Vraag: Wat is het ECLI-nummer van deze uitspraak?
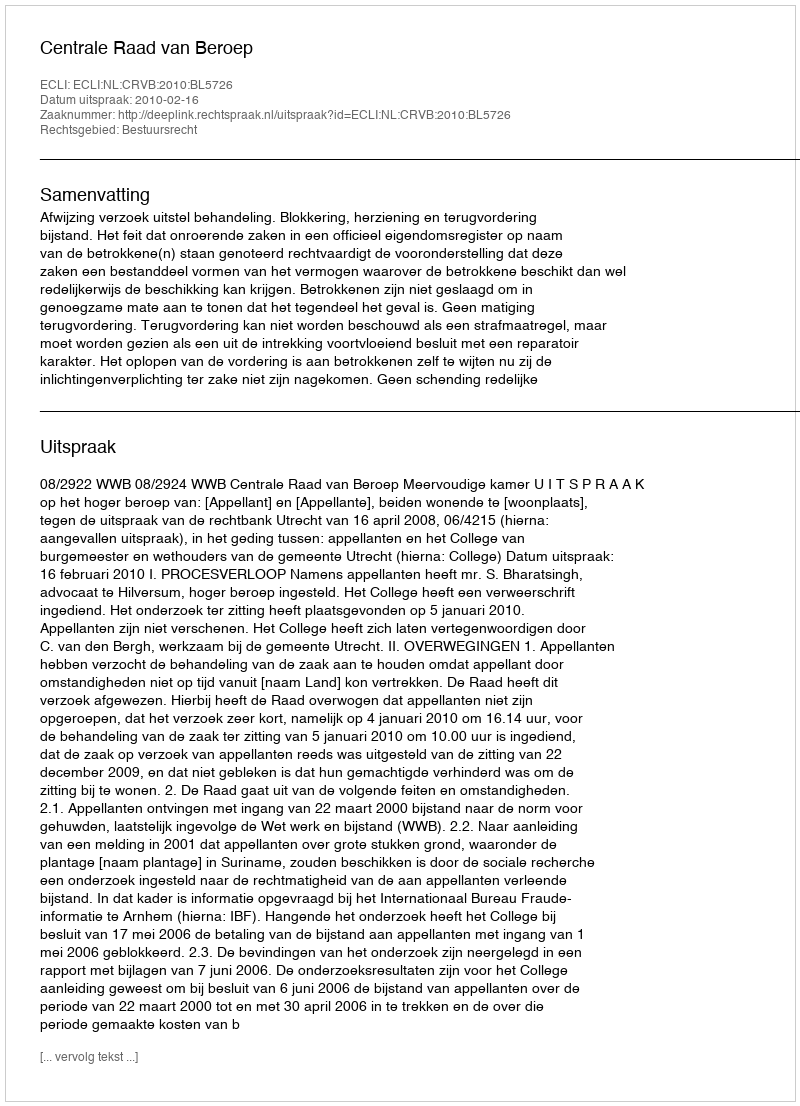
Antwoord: ECLI:NL:CRVB:2010:BL5726